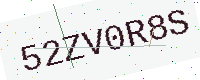
Text: 52ZV0R8S